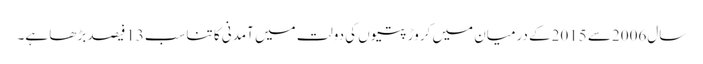
سال2006سے 2015کے درمیان میں کروڑ پتیوں کی دولت میں آمدنی کا تناسب13فیصد بڑھا ہے۔